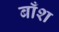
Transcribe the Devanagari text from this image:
बाँश